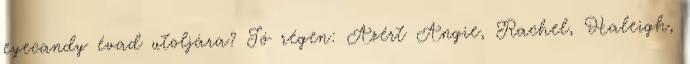
eyecandy évad utoljára? Jó régen: Azért Angie, Rachel, Haleigh,